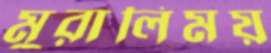
মুরালিময়